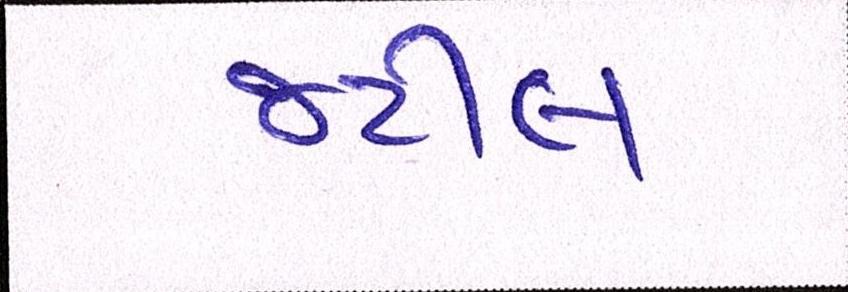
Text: જટીલ